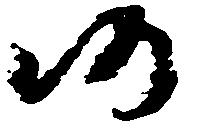
仍